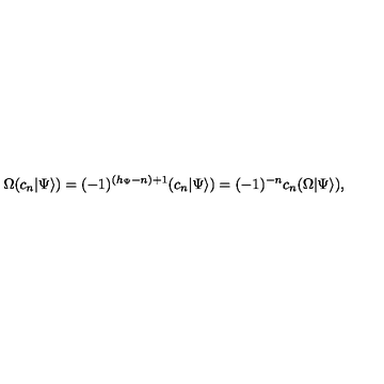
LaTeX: \Omega ( c _ { n } | \Psi \rangle ) = ( - 1 ) ^ { ( h _ { \Psi } - n ) + 1 } ( c _ { n } | \Psi \rangle ) = ( - 1 ) ^ { - n } c _ { n } ( \Omega | \Psi \rangle ) ,